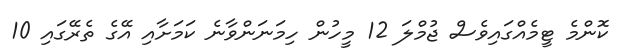
ކޮންމެ ޓީމެއްގައިވެސް ޖުމްލަ 12 މީހުން ހިމަނަންވާނެ ކަމަށާއި އޭގެ ތެރޭގައި 10